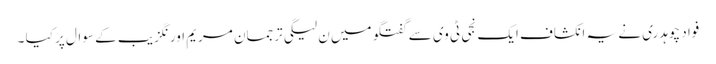
فواد چوہدری نے یہ انکشاف ایک نجی ٹی وی سے گفتگو میں ن لیگی ترجمان مریم اورنگزیب کے سوال پر کیا ۔